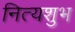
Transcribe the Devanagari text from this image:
नित्यशुभ